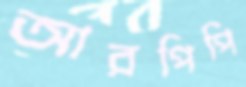
আরপিপি